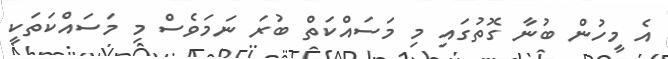
އެ މީހުން ބުނާ ގޮތުގައި މި މަސައްކަތް ބުރަ ނަމަވެސް މި މަސައްކަތަކީ